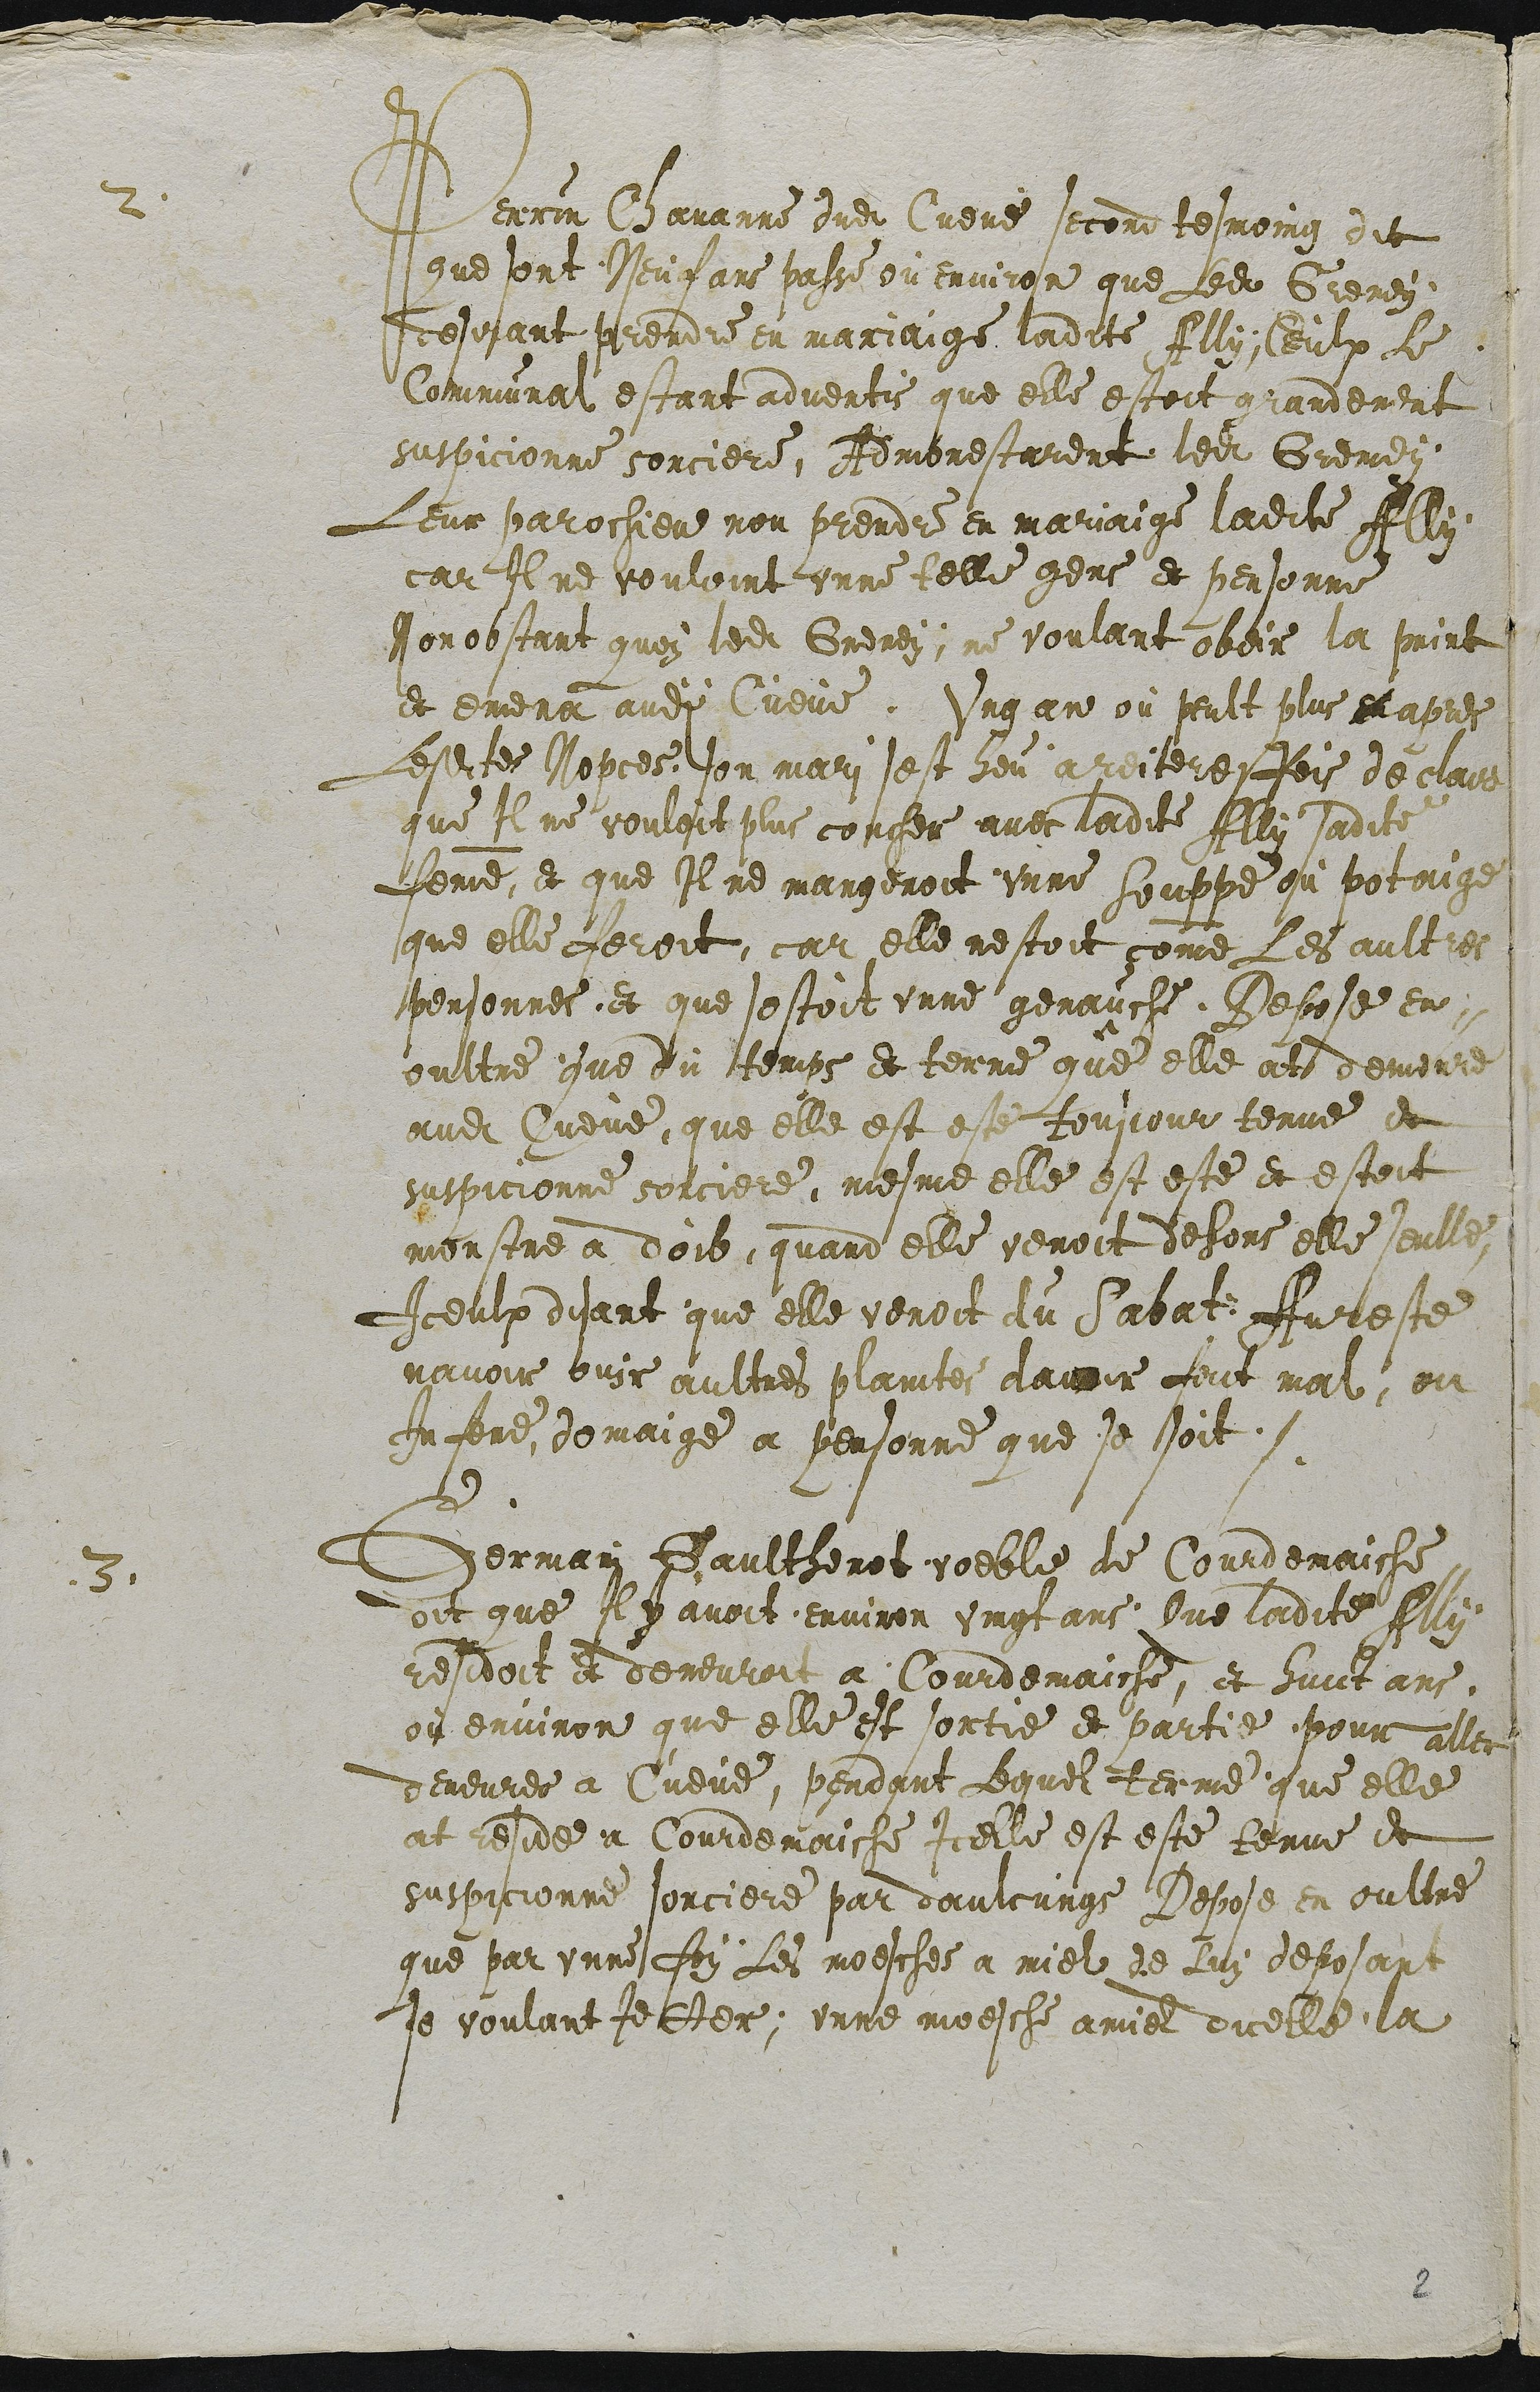
2. Perrin Chavanne dudit Cueve second tesmoing dit
que sont Neuf ans passe ou environ que Ledit Gremey
desirant prendre en mariaige ladite Ally ; Ceulx Le
Communal estant advertis que elle estoit grandement
suspicionne sorciere, Admonestarent ledit Gremey
Leur parochien non prendre en mariaige ladite Ally
car Il ne vouloint unne telle gens et personne
Nonobstant quoy ledit Gremey, ne voulant obeir la print
et emena audit Cueve. Ung an où peult plus en apres
Lesdites Nopces, son mari sest heu areiteresfois declaire
que Il ne vouloit plus coucher avec ladite Ally sadite
femme, et que Il ne mangeroit unne Souppe où potaige
que elle feroit, car elle nestoit comme Les aultres
personnes, et que sestoit unne genauche. Depose en
oultre que du temps et terme que elle at demeure
audit Cueve, que elle est este tousjour tenue et
suspicionne sorciere, meme elle est este et estoit
monstre a doib, quand elle venoit dehors elle seulle,
Iceulx disant que elle venoit du Sabat Aureste
navoir ouir aultres plaintes davoir fait mal, ou
Infere domaige a personne que se soit.
3. Germain Gaultherot voeble de Courdemaiche
dit que Il y avoit environ vingt ans Que ladite Ally
residoit et demeuroit a Courdemaiche, et huict ans,
où environ que elle est sortie et partie pour aller
demeurer a Cueve, pendant Lequel terme que elle
at reside a Courdemaiche Icelle est este tenue et
suspicionne sorciere par daulcungs Depose en oultre
que par unne foy Les moesches a miel de Luy deposant
se voulant Jetter ; unne moesche amiel dicelle la

2